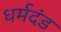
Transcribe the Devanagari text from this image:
धर्मदंड